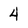
Character: 4